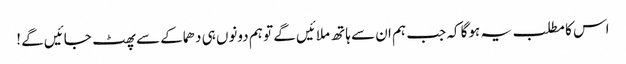
اس کا مطلب یہ ہوگا کہ جب ہم ان سے ہاتھ ملائیں گے تو ہم دونوں ہی دھماکے سے پھٹ جائیں گے !